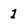
Character: 1